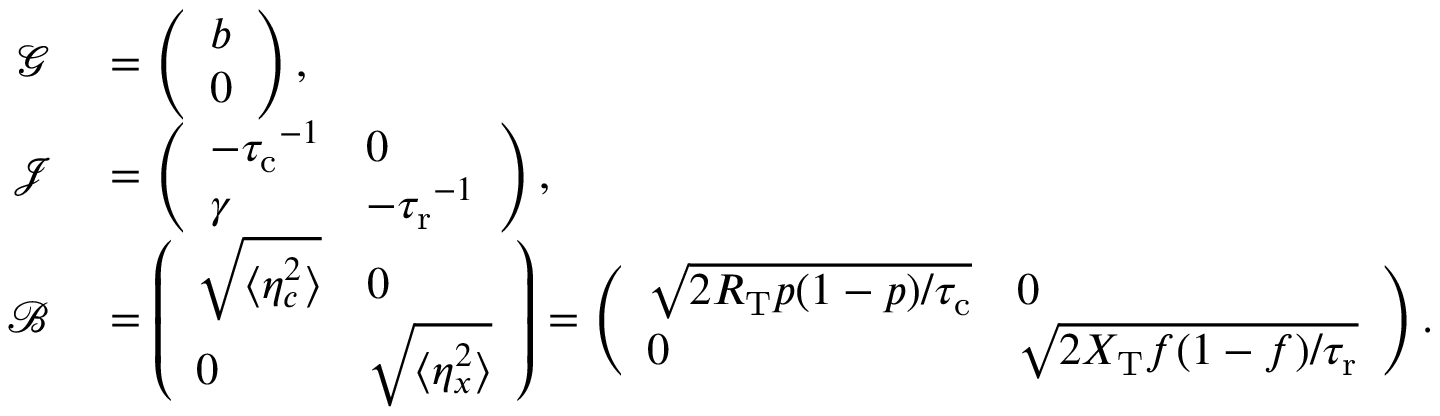
\begin{array} { r l } { \mathcal { G } } & { { } = \left( \begin{array} { l } { b } \\ { 0 } \end{array} \right) , } \\ { \mathcal J } & { { } = \left( \begin{array} { l l } { - { \tau _ { \mathrm { c } } } ^ { - 1 } } & { 0 } \\ { \gamma } & { - { \tau _ { \mathrm { r } } } ^ { - 1 } } \end{array} \right) , } \\ { \mathcal { B } } & { { } = \left( \begin{array} { l l } { \sqrt { \langle \eta _ { c } ^ { 2 } \rangle } } & { 0 } \\ { 0 } & { \sqrt { \langle \eta _ { x } ^ { 2 } \rangle } } \end{array} \right) = \left( \begin{array} { l l } { \sqrt { 2 R _ { \mathrm { T } } p ( 1 - p ) / { \tau _ { \mathrm { c } } } } } & { 0 } \\ { 0 } & { \sqrt { 2 X _ { \mathrm { T } } f ( 1 - f ) / { \tau _ { \mathrm { r } } } } } \end{array} \right) . } \end{array}